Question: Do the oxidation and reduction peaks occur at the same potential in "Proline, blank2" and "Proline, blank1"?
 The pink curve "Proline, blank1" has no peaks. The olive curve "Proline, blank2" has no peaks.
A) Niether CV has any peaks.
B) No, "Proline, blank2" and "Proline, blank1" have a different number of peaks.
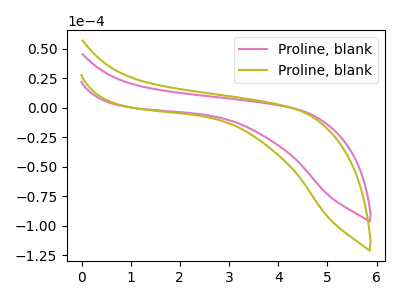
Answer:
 <answer>A) Niether CV has any peaks.</answer>
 <eval>A</eval>